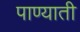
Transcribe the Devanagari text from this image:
पाण्याती